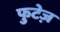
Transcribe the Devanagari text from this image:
फुटेज़